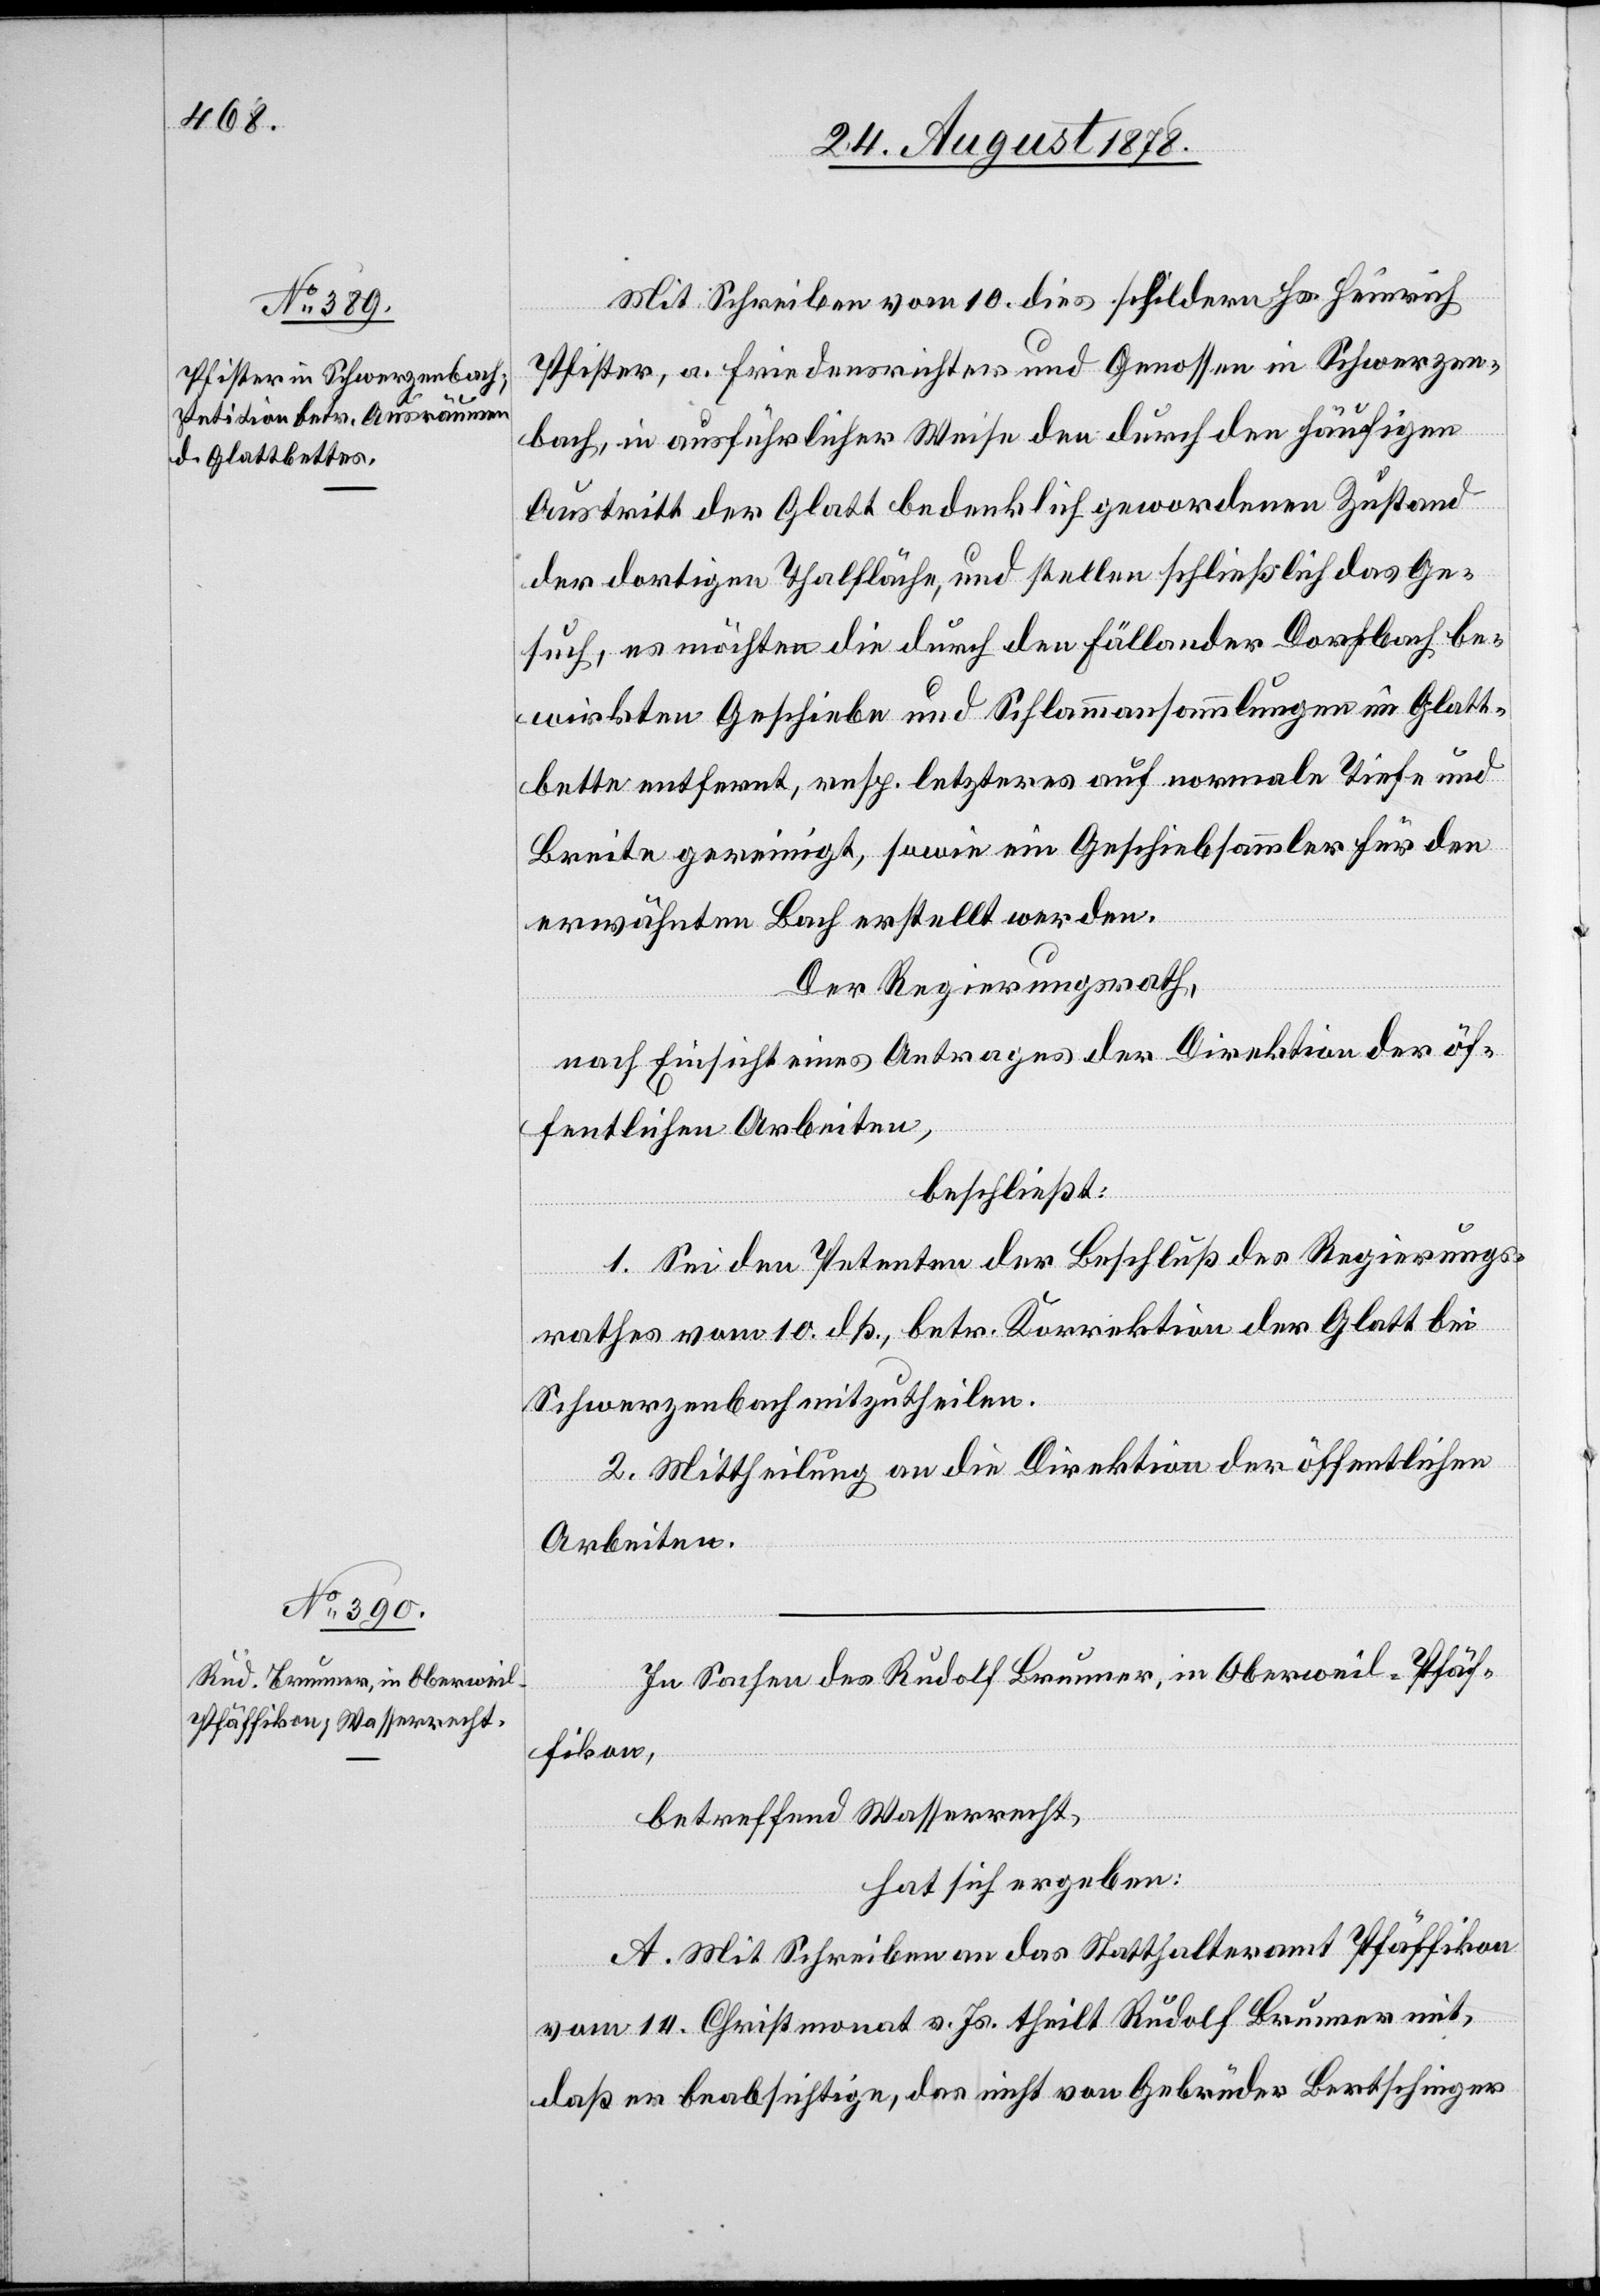
Mit Schreiben vom 10. dies schildern Hs. Heinrich
Pfister, a. Friedensrichter und Genossen in Schwerzen¬
bach, in ausführlicher Weise den durch den häufigen
Austritt der Glatt bedenklich gewordenen Zustand
der dortigen Thalfläche, und stellen schließlich das Ge¬
such, es möchten die durch den Fällander Dorfbach be¬
wirkten Geschiebe und Schlammansammlungen im Glatt¬
bette entfernt, resp. letzteres auf normale Tiefe und
Breite gereinigt, sowie ein Geschiebsammler für den
erwähnten Bach erstellt werden.
Der Regierungsrath,
nach Einsicht eines Antrages der Direktion der öf¬
fentlichen Arbeiten,
beschließt:
1. Sei den Petenten der Beschluß des Regierungs¬
rathes vom 10. dß., betr. Korrektion der Glatt bei
Schwerzenbach mitzutheilen.
2. Mittheilung an die Direktion der öffentlichen
Arbeiten.
In Sachen des Rudolf Brunner, in Oberweil - Pfäf¬
fikon,
betreffend Wasserrecht,
hat sich ergeben:
A. Mit Schreiben an das Statthalteramt Pfäffikon
vom 14. Christmonat v. Js. theilt Rudolf Brunner mit,
daß er beabsichtige, das nicht von Gebrüder Bertschinger